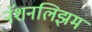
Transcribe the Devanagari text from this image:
नॅशनलिझम